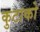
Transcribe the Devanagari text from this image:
कुटाको